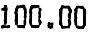
100.00